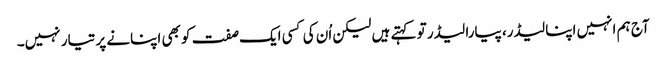
آج ہم انہیں اپنا لیڈر، پیارا لیڈر تو کہتے ہیں لیکن اُن کی کسی ایک صفت کو بھی اپنانے پر تیار نہیں۔